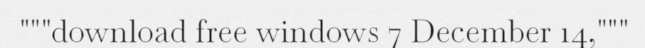
"""download free windows 7 December 14,"""